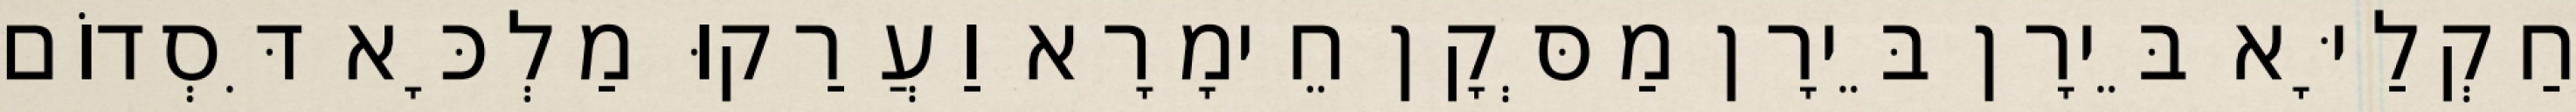
חַקְלַיָּא בֵּירָן בֵּירָן מַסְּקָן חֵימָרָא וַעֲרַקוּ מַלְכָּא דִּסְדוֹם